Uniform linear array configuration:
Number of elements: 48
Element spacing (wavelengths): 0.5
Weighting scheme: exponential
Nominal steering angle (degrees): -15
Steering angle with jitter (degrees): -13.127
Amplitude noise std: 0.05
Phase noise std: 0.05

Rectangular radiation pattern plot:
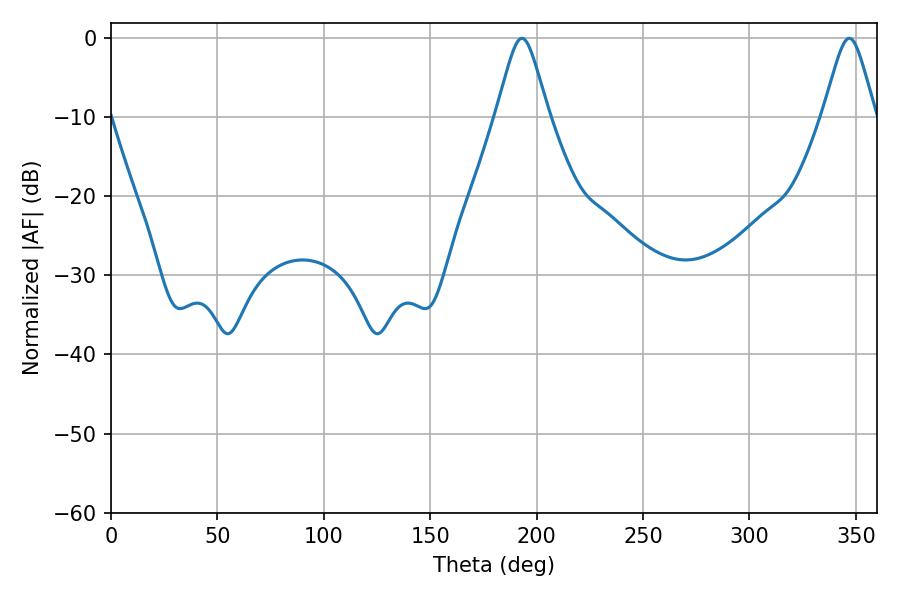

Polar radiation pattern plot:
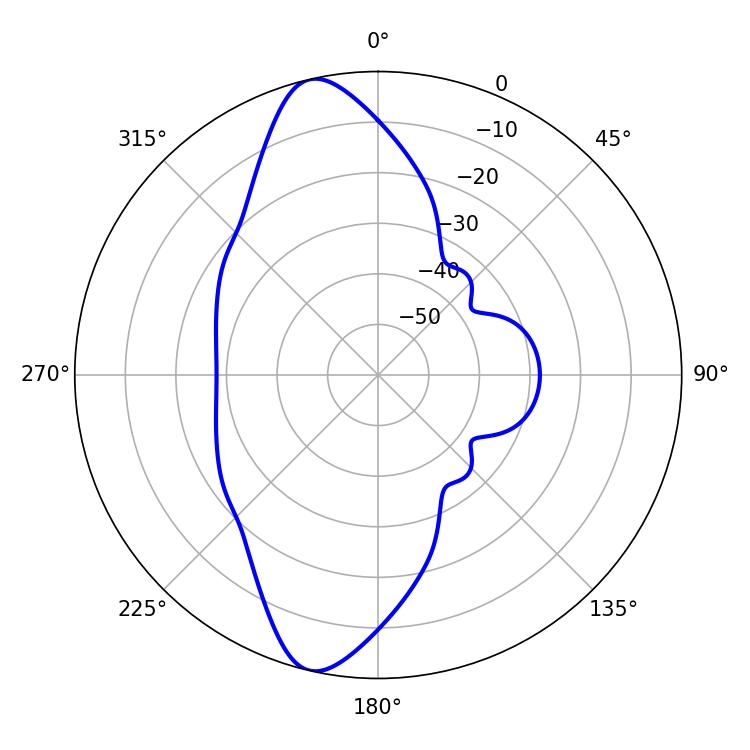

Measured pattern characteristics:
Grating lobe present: FALSE
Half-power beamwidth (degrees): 11.88
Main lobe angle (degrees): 193.14